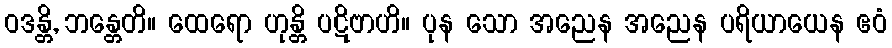
ဝဒန္တိ, ဘန္တေတိ။ ထေရော ဟုန္တိ ပဋိဗာဟိ။ ပုန သော အညေန အညေန ပရိယာယေန ဧဝံ